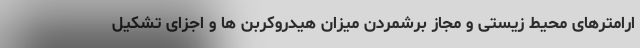
ارامترهای محیط زیستی و مجاز برشمردن میزان هیدروکربن ها و اجزای تشکیل